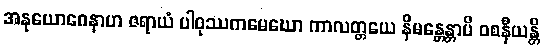
အနုယောဂေနာဟ ဇရာယံ ပါဝုဿကမေဃော ကာလတ္တယေ နိမန္တေန္တာပိ ဝစနီယန္တိ